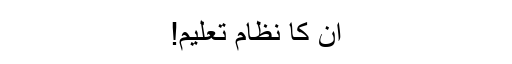
ان کا نظام تعلیم!